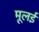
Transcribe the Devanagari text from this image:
मूलई